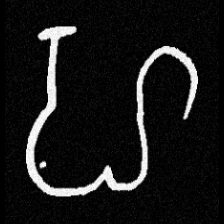
Pyu character \u2014 Myanmar letter: ဟ (romanized: ha)